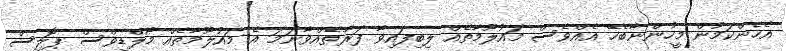
އެހެންކަމުން މީހުންނާބެހޭ އެއްވެސް މައުލޫމާތެއް ލިބިފައިވާ ފަރާތެއްވާނަމަ އެ މައުލޫމާތެއް މޯލްޑިވްސް ޕޮލިސް